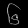
Digit: ၆